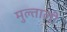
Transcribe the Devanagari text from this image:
मुल्ताली